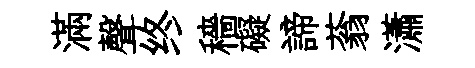
滿聲终穡礙諦蓊瀟